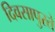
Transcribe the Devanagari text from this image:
दिवसापुरते